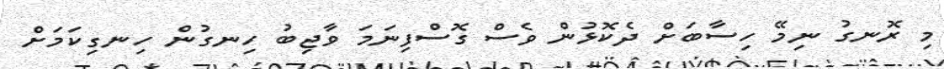
މި ރޮނގު ނިމޭ ހިސާބަށް ދެކޮޅުން ވެސް ގޮސްފިނަމަ ވާޖިބު ހިނގުން ހިނގިކަމަށް